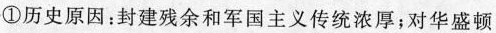
①历史原因：封建残余和军国主义传统浓厚；对华盛顿